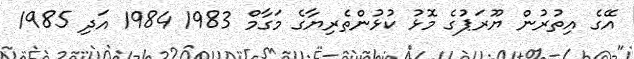
އޭގެ އިތުރުން ޔޫރަޕުގެ މޮޅު ކުޅުންތެރިޔާގެ މަގާމް 1983 1984 އަދި 1985